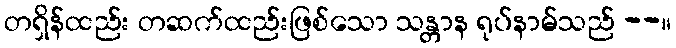
တရှိန်ထည်း တဆက်ထည်းဖြစ်သော သန္တာန ရုပ်နာမ်သည် --။